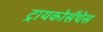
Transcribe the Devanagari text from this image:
ट्रायकोसँथेस